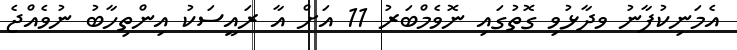
އެމަނިކުފާނު ވދާޅުވި ގޮތުގައި ނޮވެމްބަރު 11 އަށް އާ ރައީސަކު އިންތިހާބު ނުވެއްޖެ